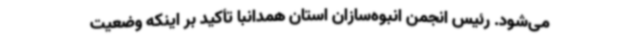
می‌شود. رئیس انجمن انبوه‌سازان استان همدانبا تأکید بر اینکه وضعیت